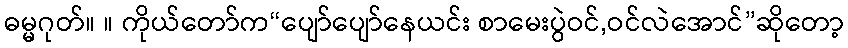
ဓမ္မဂုတ်။ ။ ကိုယ်တော်က“ပျော်ပျော်နေယင်း စာမေးပွဲဝင်,ဝင်လဲအောင်”ဆိုတော့